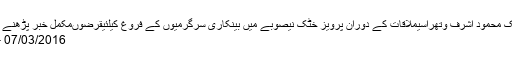
پشاورمیں گورنر اسٹیٹ بینک محمود اشرف وتھراسیملاقات کے دوران پرویز خٹک نیصوبے میں بینکاری سرگرمیوں کے فروغ کیلئیقرضوںمکمل خبر پڑھنے کیلئے یہاں پر کلک کیجئے
07/03/2016 - 18:09:27 :وقت اشاعت